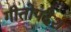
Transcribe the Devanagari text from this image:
गीतोपदेश